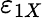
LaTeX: \varepsilon_{1X}